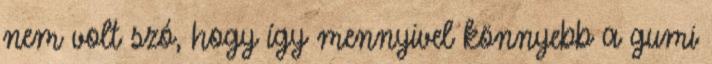
nem volt szó, hogy így mennyivel könnyebb a gumi